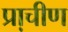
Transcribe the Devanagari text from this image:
प्रा़चीण